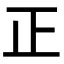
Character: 正